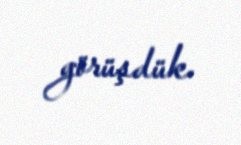
görüşdük.